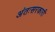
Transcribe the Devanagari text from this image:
अंतःसरकारी